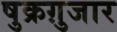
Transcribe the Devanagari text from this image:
षुक्रग़ुजार